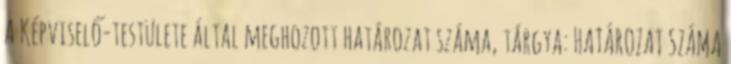
A Képviselő-testülete által meghozott határozat száma, tárgya: HATÁROZAT SZÁMA